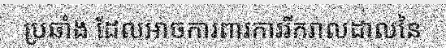
ប្រឆាំង ដែលអាចការពារការរីករាលដាលនៃ